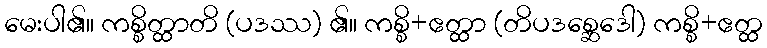
မေးပါ၏။ ကစ္စိတ္ထာတိ (ပဒဿ) ၏။ ကစ္စိ+ဧတ္ထာ (တိပဒစ္ဆေဒေါ) ကစ္စိ+ဧတ္ထ